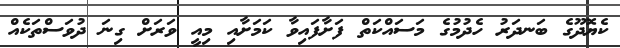
ކެޔޮދޫގެ ބަނދަރު ހެދުމުގެ މަސައްކަތް ފަށާފައިވާ ކަމަށާއި މިއީ ވަރަށް ގިނަ ދުވަސްތަކެއް